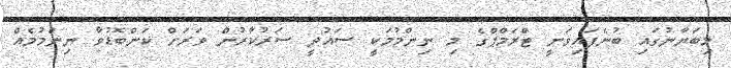
މިބަޔާނުގައި ބުނެފައިވަނީ ޓްރަމްޕްގެ މި ނިންމުމަކީ ސައުދީ ސަރުކާރުން ވަރަށް ކަންބޮޑުވާ ނިންމުމެއް